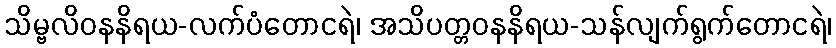
သိမ္ဗလိဝနနိရယ-လက်ပံတောငရဲ၊ အသိပတ္တဝနနိရယ-သန်လျက်ရွက်တောငရဲ၊